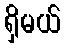
ရှိမယ်